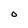
Character: O